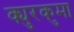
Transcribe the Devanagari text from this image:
क्युरकुमा